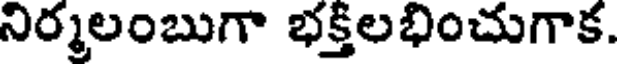
నిర్మలంబుగా భక్తలభించుగాక.